Annual administration report of the Civil Veterinary Department of India - 1908-1909
Year: 1908
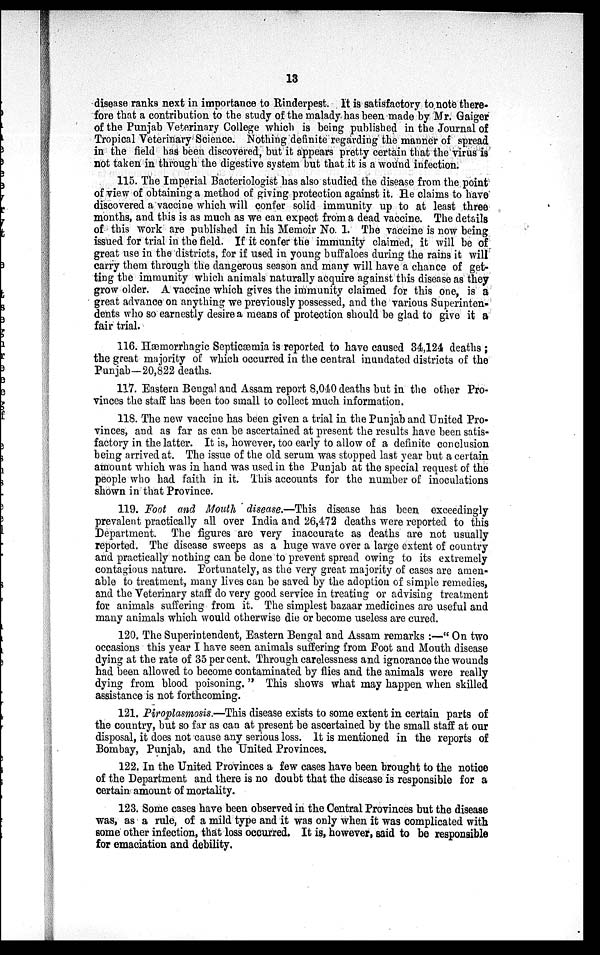
13
disease ranks next in importance to Rinderpest. It is satisfactory to note there-
fore that a contribution to the study of the malady has been made by Mr. Gaiger
of the Punjab Veterinary College which is being published in the Journal of
Tropical Veterinary Science. Nothing definite regarding the manner of spread
in the field has been discovered, but it appears pretty certain that the virus is
not taken in through the digestive system but that it is a wound infection.
115. The Imperial Bacteriologist has also studied the disease from the point
of view of obtaining a method of giving protection against it. He claims to have
discovered a vaccine which will confer solid immunity up to at least three
months, and this is as much as we can expect from a dead vaccine. The details
of this work are published in his Memoir No. 1. The vaccine is now being
issued for trial in the field. If it confer the immunity claimed, it will be of
great use in the districts, for if used in young buffaloes during the rains it will
carry them through the dangerous season and many will have a chance of get-
ting the immunity which animals naturally acquire against this disease as they
grow older. A vaccine which gives the immunity claimed for this one, is a
great advance on anything we previously possessed, and the various Superinten-
dents who so earnestly desire a means of protection should be glad to give it a
fair trial.
116. Hæmorrhagic Septicæmia is reported to have caused 34,124 deaths;
the great majority of which occurred in the central inundated districts of the
Punjab—20,822 deaths.
117. Eastern Bengal and Assam report 8,040 deaths but in the other Pro-
vinces the staff has been too small to collect much information.
118. The new vaccine has been given a trial in the Punjab and United Pro-
vinces, and as far as can be ascertained at present the results have been satis-
factory in the latter. It is, however, too early to allow of a definite conclusion
being arrived at. The issue of the old serum was stopped last year but a certain
amount which was in hand was used in the Punjab at the special request of the
people who had faith in it. This accounts for the number of inoculations
shown in that Province.
119. Foot and Mouth disease.—This disease has been exceedingly
prevalent practically all over India and 26,472 deaths were reported to this
Department. The figures are very inaccurate as deaths are not usually
reported. The disease sweeps as a huge wave over a large extent of country
and practically nothing can be done to prevent spread owing to its extremely
contagious nature. Fortunately, as the very great majority of cases are amen-
able to treatment, many lives can be saved by the adoption of simple remedies,
and the Veterinary staff do very good service in treating or advising treatment
for animals suffering from it. The simplest bazaar medicines are useful and
many animals which would otherwise die or become useless are cured.
120. The Superintendent, Eastern Bengal and Assam remarks:—"On two
occasions this year I have seen animals suffering from Foot and Mouth disease
dying at the rate of 35 per cent. Through carelessness and ignorance the wounds
had been allowed to become contaminated by flies and the animals were really
dying from blood poisoning." This shows what may happen when skilled
assistance is not forthcoming.
121. Piroplasmosis.—This disease exists to some extent in certain parts of
the country, but so far as can at present be ascertained by the small staff at our
disposal, it does not cause any serious loss. It is mentioned in the reports of
Bombay, Punjab, and the United Provinces.
122. In the United Provinces a few cases have been brought to the notice
of the Department and there is no doubt that the disease is responsible for a
certain amount of mortality.
123. Some cases have been observed in the Central Provinces but the disease
was, as a rule, of a mild type and it was only when it was complicated with
some other infection, that loss occurred. It is, however, said to be responsible
for emaciation and debility.